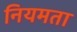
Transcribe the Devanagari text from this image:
नियमता